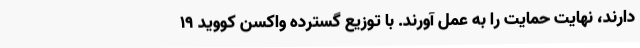
دارند، نهایت حمایت را به عمل آورند. با توزیع گسترده واکسن کووید 19